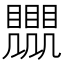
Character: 𧢛